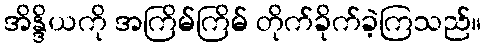
အိန္ဒိယကို အကြိမ်ကြိမ် တိုက်ခိုက်ခဲ့ကြသည်။